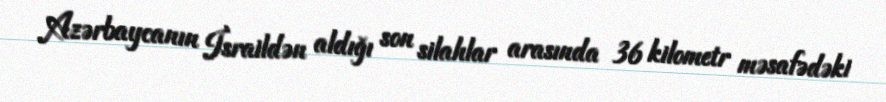
Azərbaycanın İsraildən aldığı son silahlar arasında 36 kilometr məsafədəki